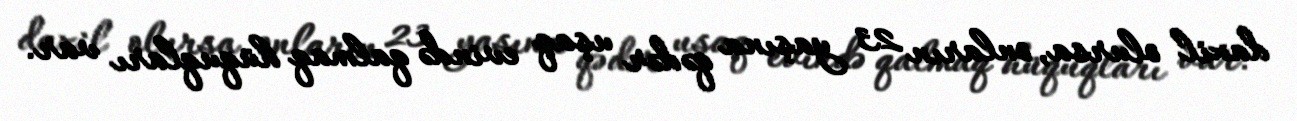
daxil olursa, onların 23 yaşına qədər uşaq evində qalmaq hüquqları var.